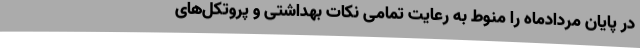
در پایان مردادماه را منوط به رعایت تمامی نکات بهداشتی و پروتکل‌های